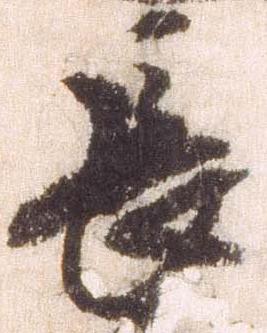
長